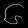
Digit: ၆